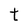
Character: t